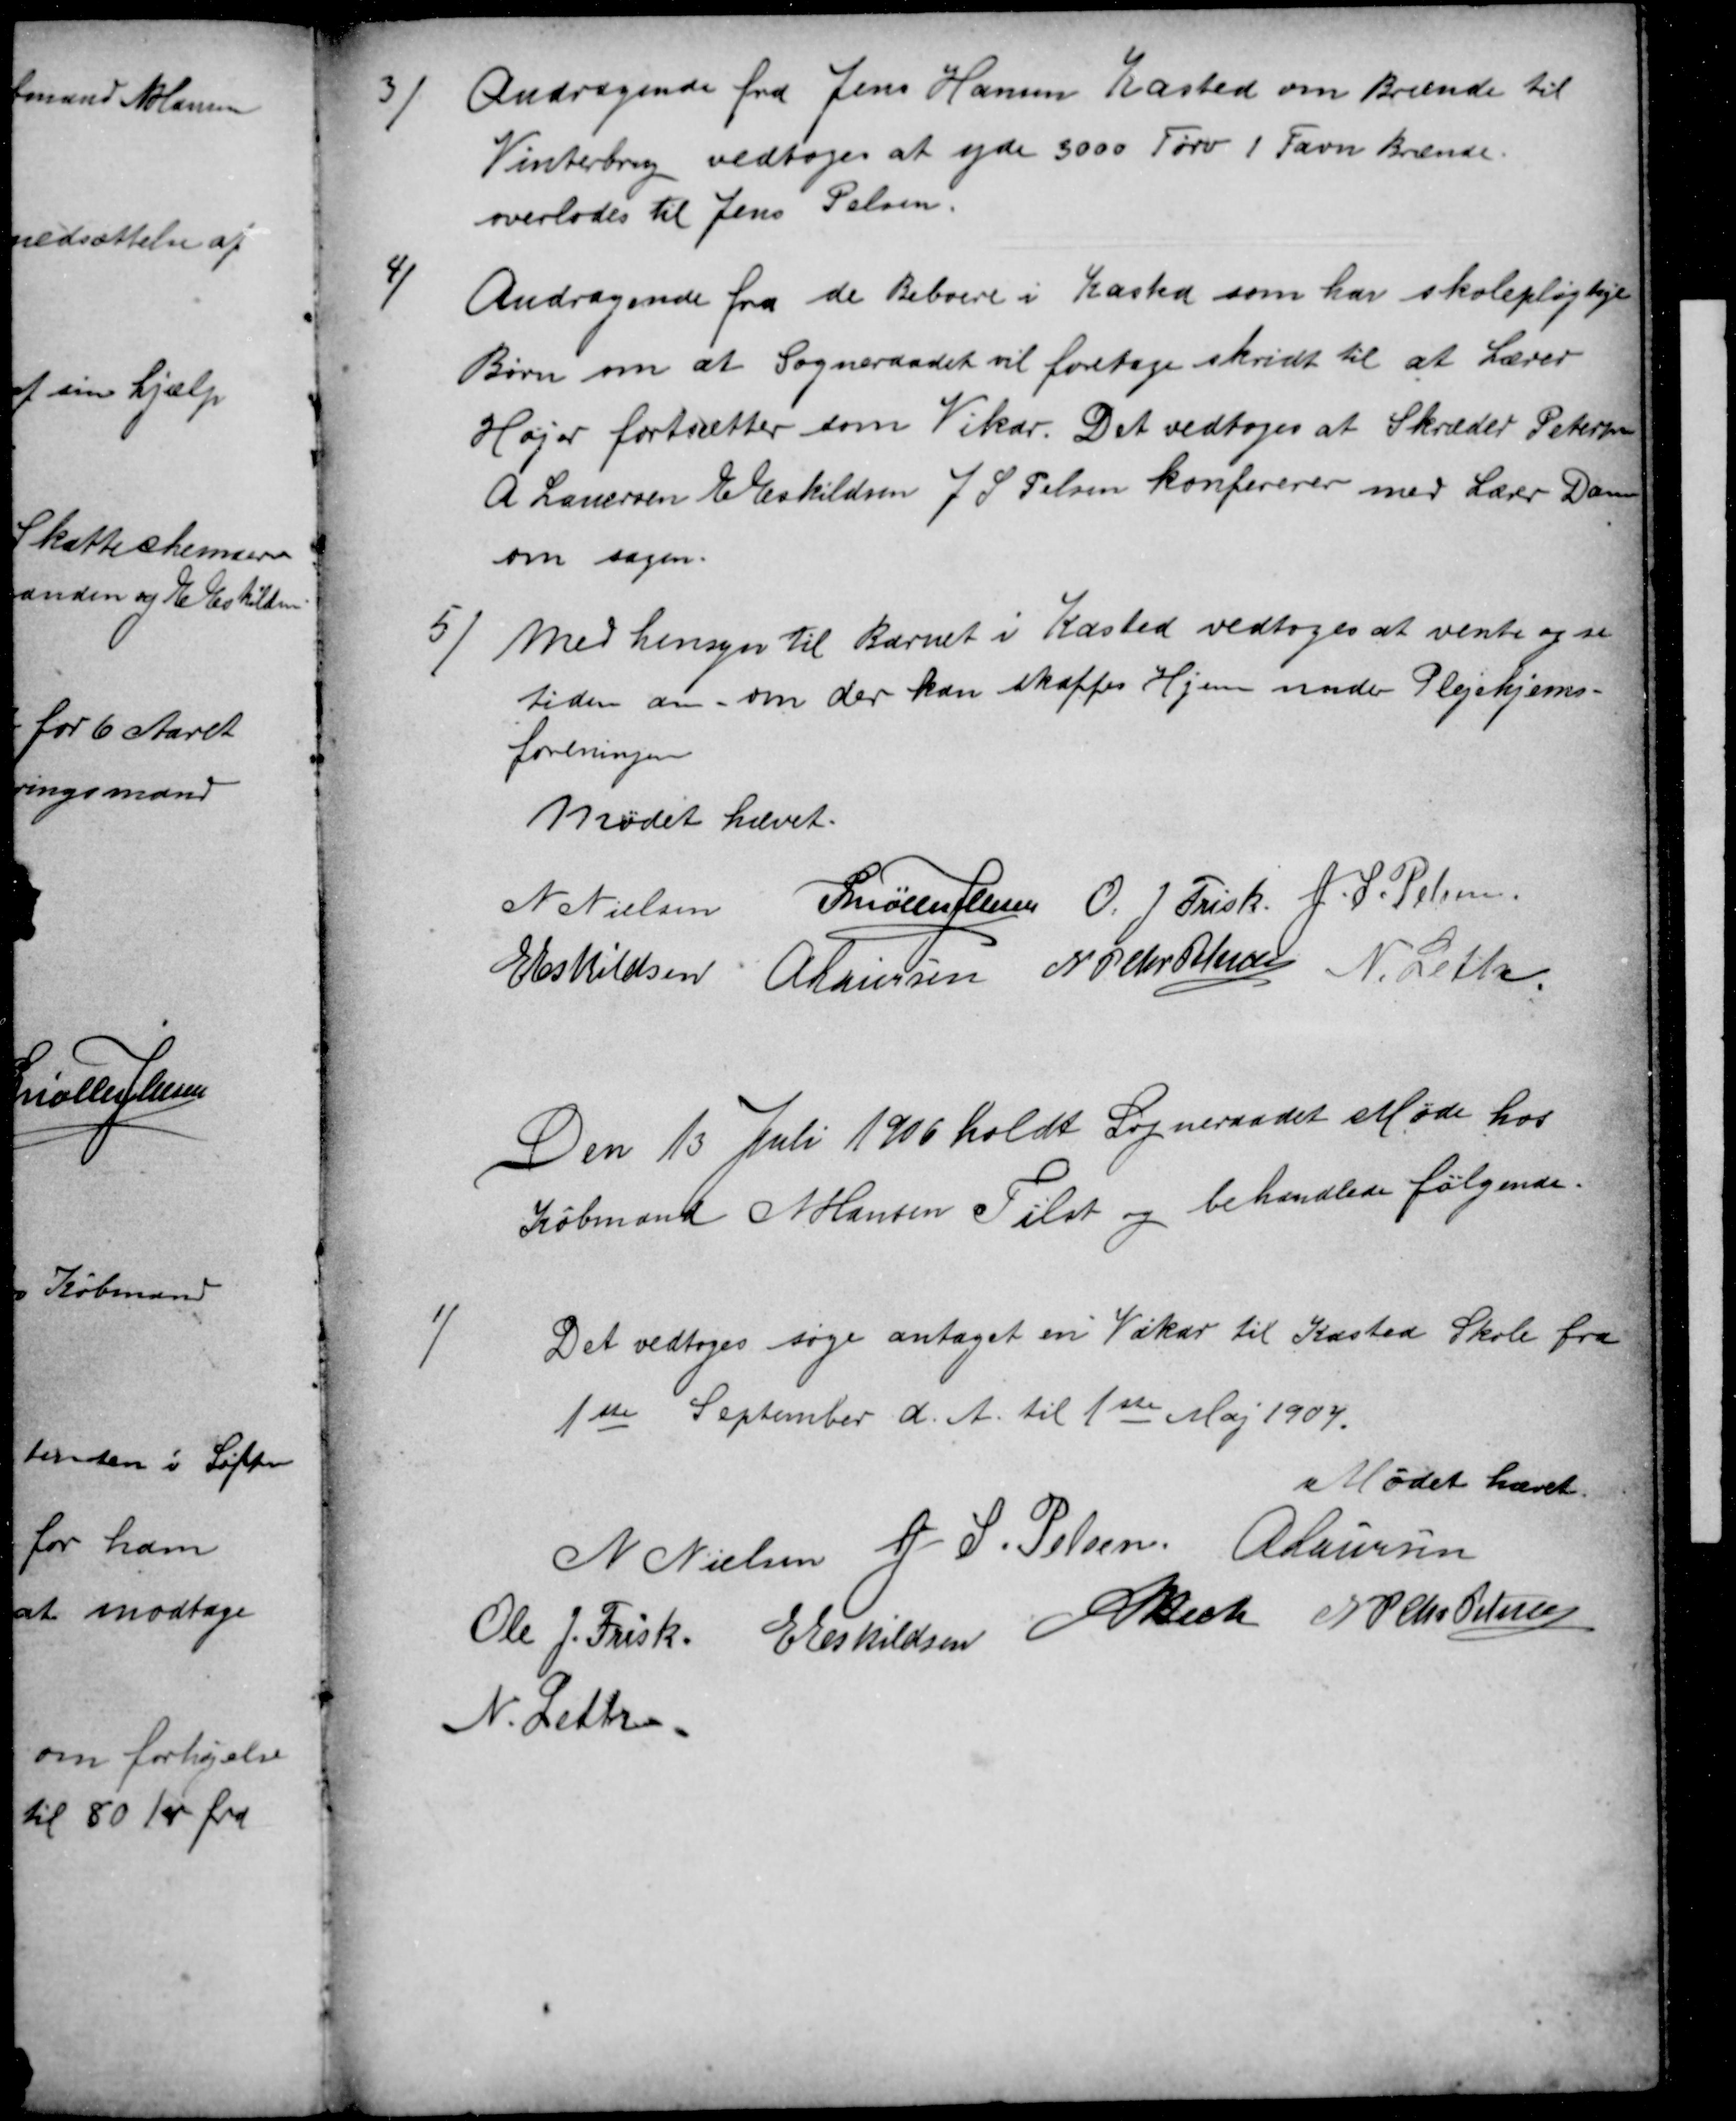
Transskription:
3
Andragende fra Jens Hansen Kasted om Brænde til
Vinterbrug vedtoges at yde 3000 Tørv 1 Favn Brænde.
overlodes til Jens Pelsen.
4)
Andragende fra de Beboere i Kasted som har skolepligtige
Børn om at Sogneraadet vil foretage skridt til at Lærer
Højer fortsætter som Vikar. Det vedtoges at Skræder Petersen
A Lauersen E Eskildsen J S Pelsen konfererer med Lærer Dam
om sagen.
5
Med hensyn til Barnet i Kasted vedtoges at vente og se
tiden an om der kan skaffes Hjem under Plejehjems-
foreningen
Mødet hævet.
N Nielsen
P Møller Jensen
O. J. Frisk. J. S. Pelsen
E Eskildsen
A Laursen
N P Chr Petersen
N. Leth.
Den 13 Juli 1906 holdt Sogneraadet Møde hos
Købmand N Hansen Tilst og behandlede følgende.
1)
Det vedtoges søge antaget en Vikar til Kasted Skole fra
1ste September d. A. til 1ste Maj 1907.
Mødet hævet.
N. Nielsen J. S. Pelsen A Laursen
N. Nielsen J. S. Pelsen A Laursen
Ole J. Frisk
E Eskildsen
ABech
N P Chr Petersen
N. Leth.